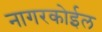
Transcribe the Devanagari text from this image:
नागरकोईल